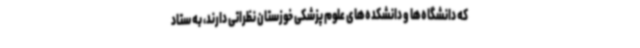
که دانشگاه‌ها و دانشکده‌های علوم پزشکی خوزستان نظراتی دارند، به ستاد